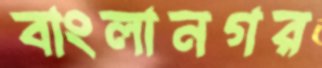
বাংলানগর